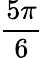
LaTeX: \frac{5\pi}{6}